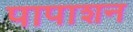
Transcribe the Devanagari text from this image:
पापाशन